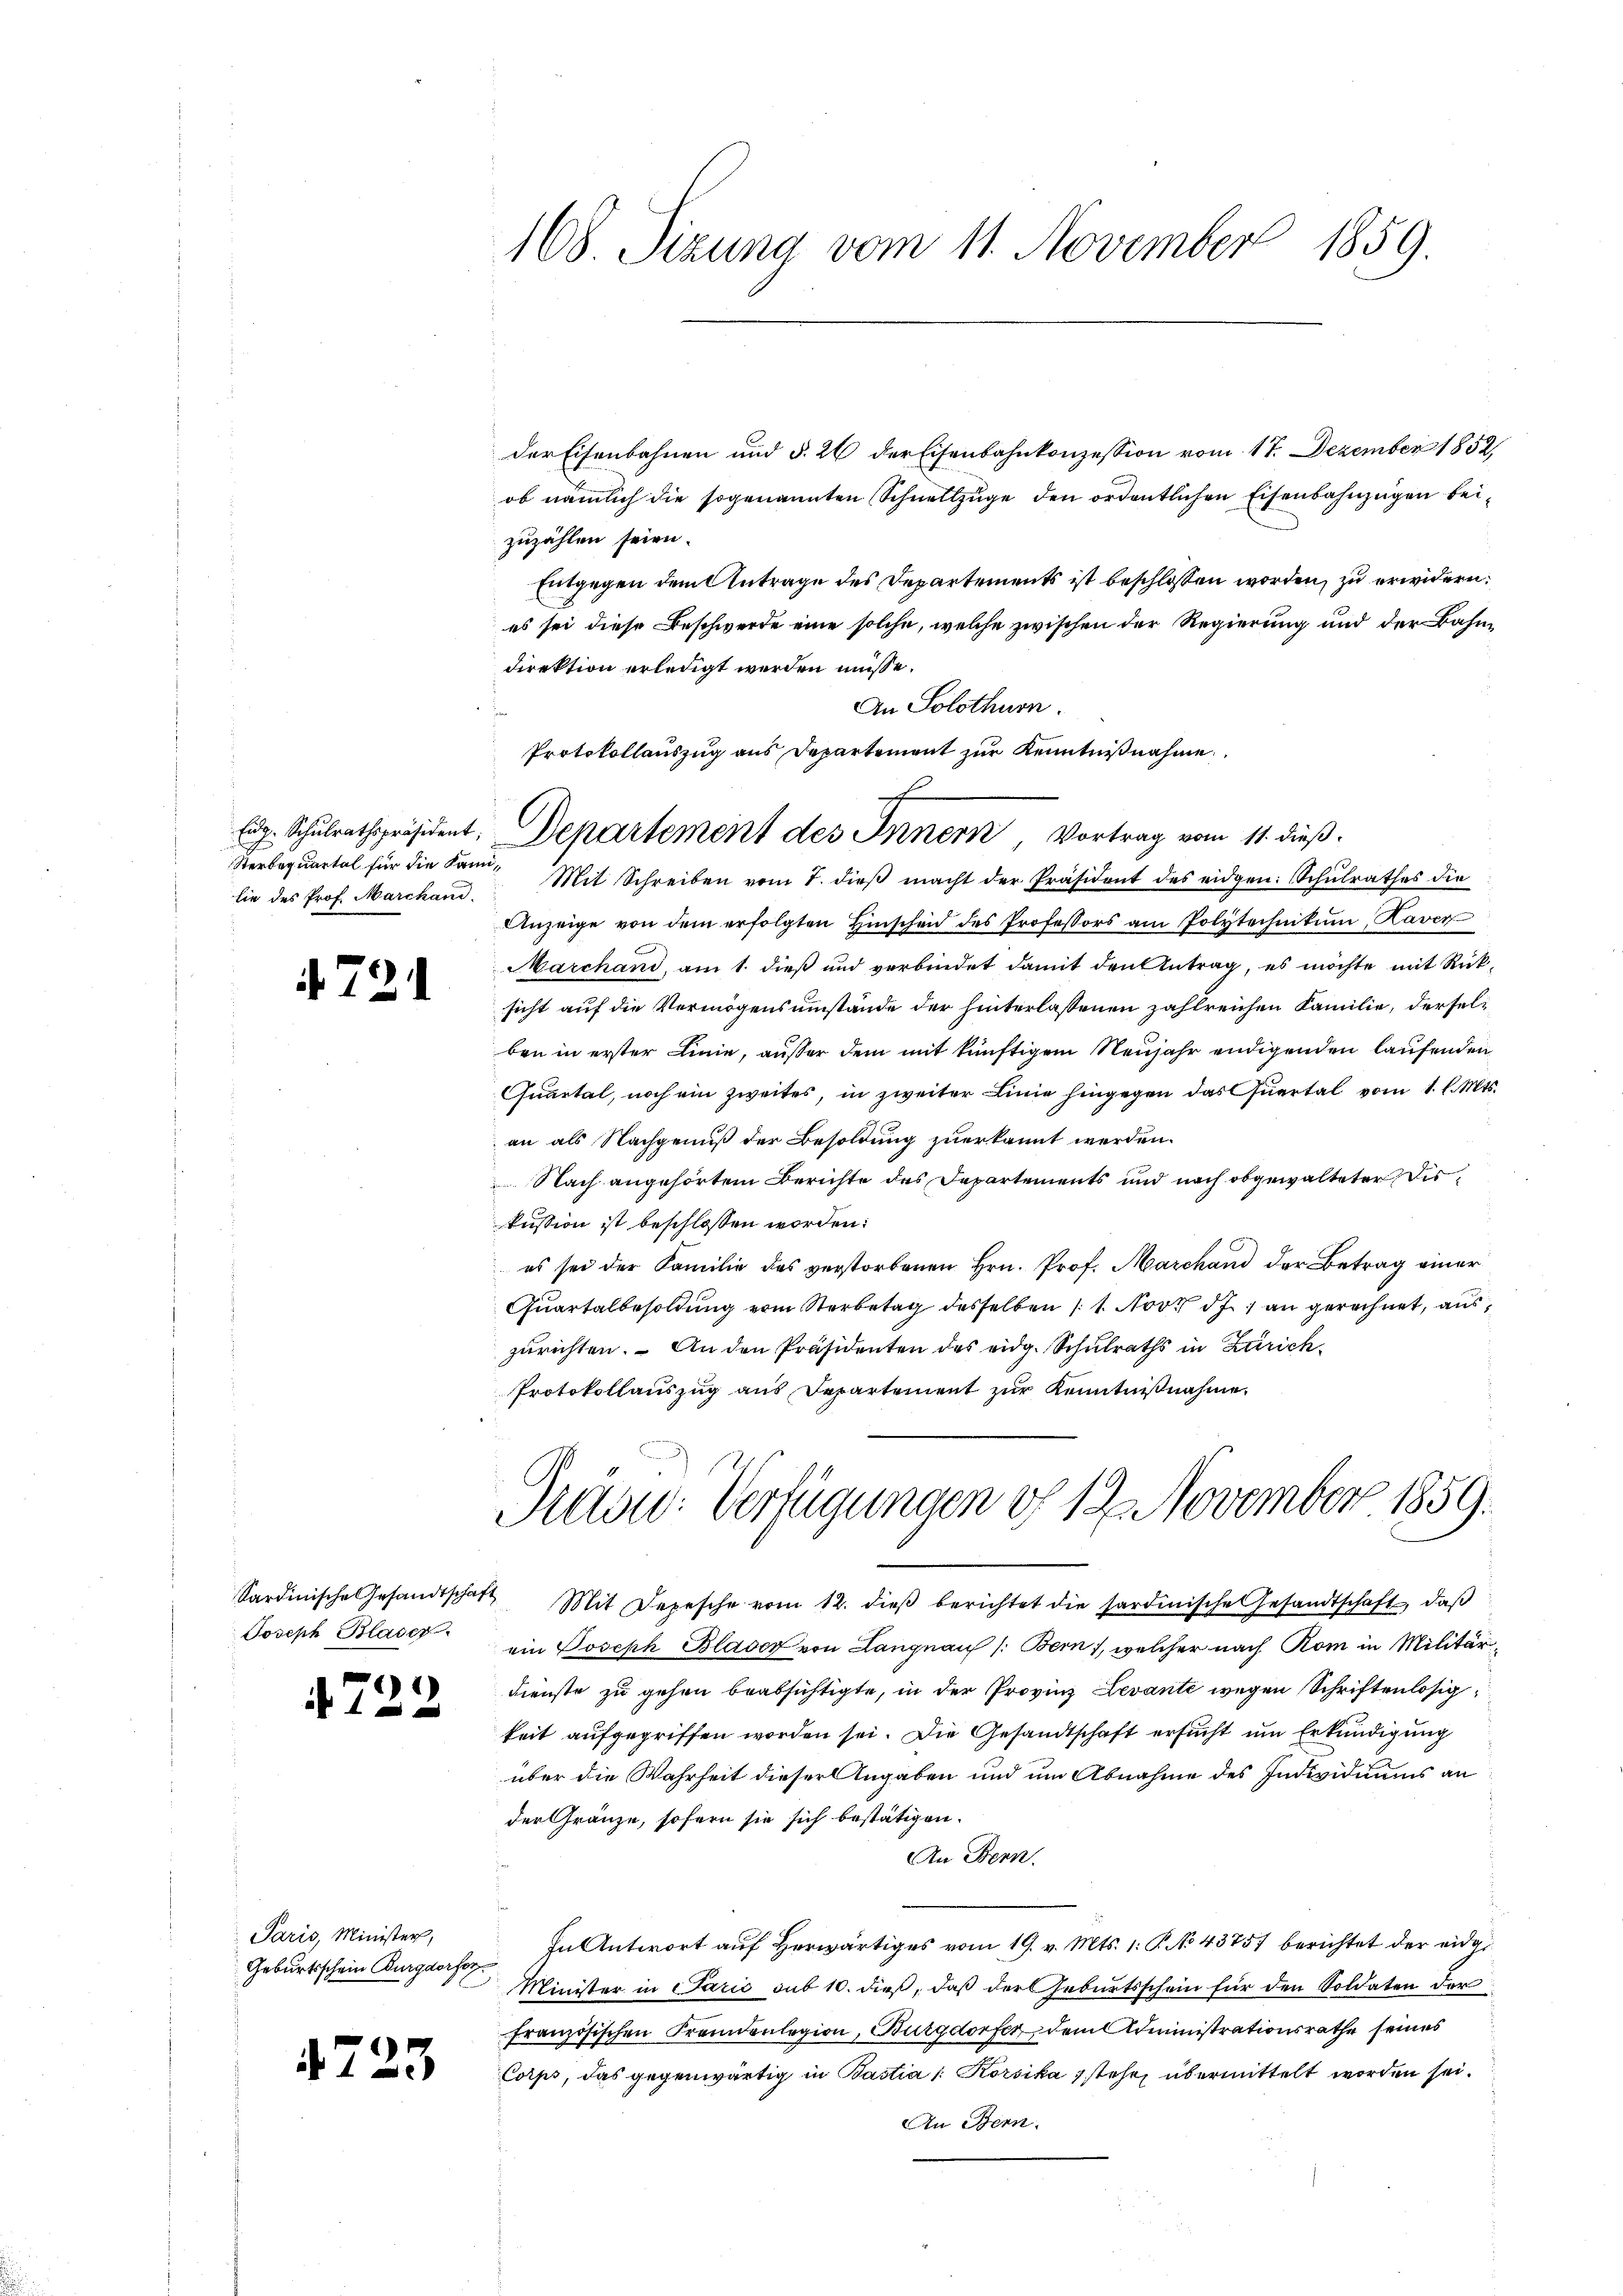
Eidg. Schulrathspräsident;
Sterbequartal für die Kamilie des Prof. Marchand

A 731

Joseph Blaser

1)
 f 0 x

Paris, Minister,
Geburtsschein Burgdorfor

4723

168. Sizung vom 11. November 1859.

der Eisenbahnen und §. 26 der Eisenbahnkonzession vom 17. Dezember 1852
ob nämlich die sogenannten Schnellzüge den ordentlichen Eisenbahnzügen beizuzählen seien.
Entgegen dem Antrage des Departements ist beschlossen worden, zu erwidern.
es sei diese Beschwerde eine solche, welche zwischen der Regierung und der Bahndirektion erledigt werden müsse.
An Solothurn.
Anzeige von dem erfolgten Hinscheid des Professors am Polytechnikum, Kaver
Marchand, am 1. dieß und verbindet damit den Antrag, es möchte mit Rücksicht auf die Vermögensumstände der hinterlassenen zahlreichen Familie, derselben in erster Linie, außer dem mit künftigem Neujahr endigenden laufenden
Quartal, noch ein zweites, in zweiter Linie hingegen das Quartal vom 1. l. Mts.
an als Nachgenuß der Besoldung zuerkannt werden.
Nach angehörtem Berichte des Departements und nach obgewalteter des
kussion ist beschlossen worden:
es sei der Familie des verstorbenen Hrn. Prof. Marchand der Betrag einer
Quartalbesoldŭng vom Sterbetag desselben (1. Nov. d. 1 an gerechnet, aus
zurichten. An den Präsidenten des eidg. Schulraths in Zürich¬
Protokollaŭszŭg ans Separtement zŭr Kenntniβnahme.

Protokollauszug aus Departement zur Kenntnißnahme
f
Departement des Innern, Vortrag vom 11. dieß
Mit Schreiben vom 7. dieß macht der Präsident des eidgen: Schulrathes die

Traon: Verfügungen f 12 November 1859.

Sardinische Gesandtschaft Mit Depesche vom 12. dieβ berichtet die sardinische Gesandtschaft, daβ
ein Joseph Blaser von Langnau (Bern, welcher nach Rom in Militär¬
Dienste zu gehen beabsichtigte, in der Provinz Levante wegen Schriftenlosigkeit aufgegriffen worden sei. Die Gesandtschaft ersucht um Erkundigung
über die Wahrheit dieser Angaben und um Abnahme des Individiums an
der Gränze, sofern sie sich bestätigen.
An Bern.
In Antwort auf Herwärtiges vom 19. v. Mts. 1. P. No. 43751 berichtet der eidge
Minister in Carić sub 10. dieß, daß der Geburtsschein für den Soldaten der
französischen Fremdenlegion, Burgdorfer, dem Administrationsrathe seines
Corps, das gegenwärtig in Bastia /: Korsika stehe, übermittelt worden sei.
An Bern.